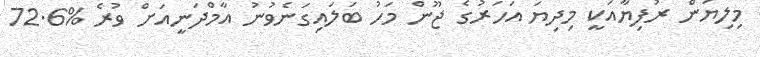
މިލިޔަން ރުފިޔާއަކީ މިދިޔަ އަހަރުގެ ޖޫން މަހު ބަލައިގަނެވުނު އާމްދަނީއަށް ވުރެ %72.6